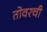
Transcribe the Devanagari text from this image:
तोवरची